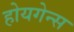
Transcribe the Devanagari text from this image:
होयगेन्स